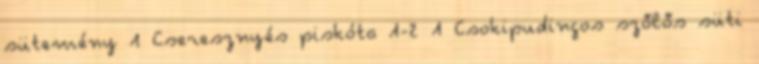
sütemény 1 Cseresznyés piskóta 1-2 1 Csokipudingos szőlős süti